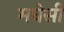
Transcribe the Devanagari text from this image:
मघेसी